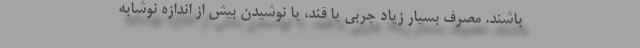
باشند. مصرف بسیار زیاد چربی یا قند، یا نوشیدن بیش از اندازه نوشابه